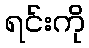
ရင်းကို